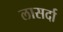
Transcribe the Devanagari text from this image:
लासर्दा